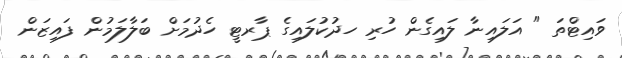
ވައިޓްތަ " އަލައިނާ ލައިގެން ހުރި ހދުކުލައިގެ ޕާރޓީ ހެދުމަށް ބަލާލަމުން ފައިޒަން